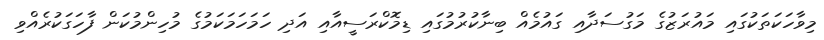
މިވާހަކަތަކުގައި މައުރަޒުގެ މަގުސަދާއި ގައުމެއް ބިނާކުރުމުގައި ޑިމޮކްރަސީއާއި އަދި ހަމަހަމަކަމުގެ މުހިންމުކަން ފާހަގަކުރެއްވި